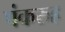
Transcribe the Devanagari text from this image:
पंकरुह